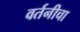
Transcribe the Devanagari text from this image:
वर्तनीचा